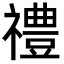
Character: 禮